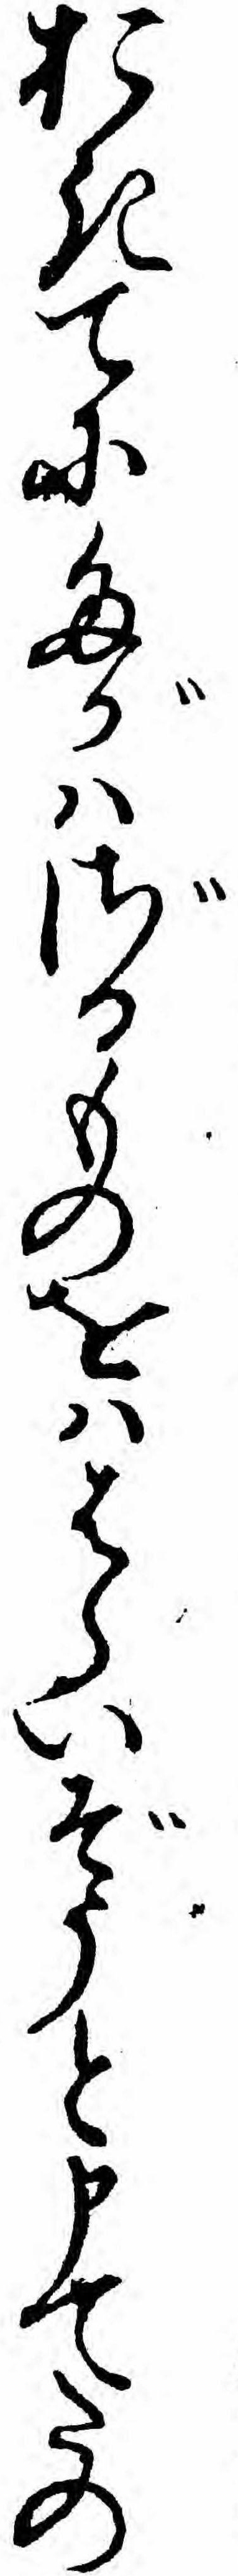
おきてにたがハざるものをハはらいぞうと申てたの